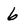
Character: 6